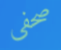
صحفى